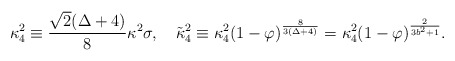
\begin{align*}\kappa_4^2 \equiv \frac{\sqrt{2}(\Delta +4)}{8}\kappa^2 \sigma,\quad \tilde{\kappa}_4^2 \equiv \kappa_4^2(1-\varphi)^{\frac{8}{3(\Delta+4)}}=\kappa_4^2 (1-\varphi)^{\frac{2}{3 b^2+1}}.\end{align*}